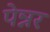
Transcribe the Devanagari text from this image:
पेन्नर